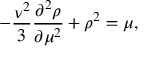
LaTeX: - { \frac { \nu ^ { 2 } } { 3 } } \frac { \partial ^ { 2 } \rho } { \partial \mu ^ { 2 } } + \rho ^ { 2 } = \mu ,